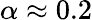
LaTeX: \alpha\approx 0.2